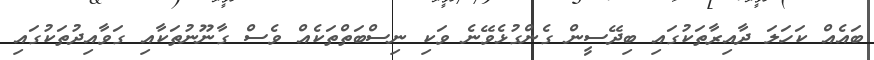
ބައެއް ކަހަލަ ދާއިރާތަކުގައި ބިދޭސީން ގެންގުޅެވޭނެ ވަކި ނިސްބަތްތަކެއް ވެސް ގާނޫނުތަކާއި ގަވާއިދުތަކުގައި